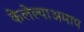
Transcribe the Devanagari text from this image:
केलेल्याअमाप